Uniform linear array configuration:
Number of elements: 4
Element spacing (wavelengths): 0.75
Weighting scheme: exponential
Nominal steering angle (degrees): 60
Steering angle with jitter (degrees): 60.859
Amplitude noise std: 0.05
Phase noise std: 0.05

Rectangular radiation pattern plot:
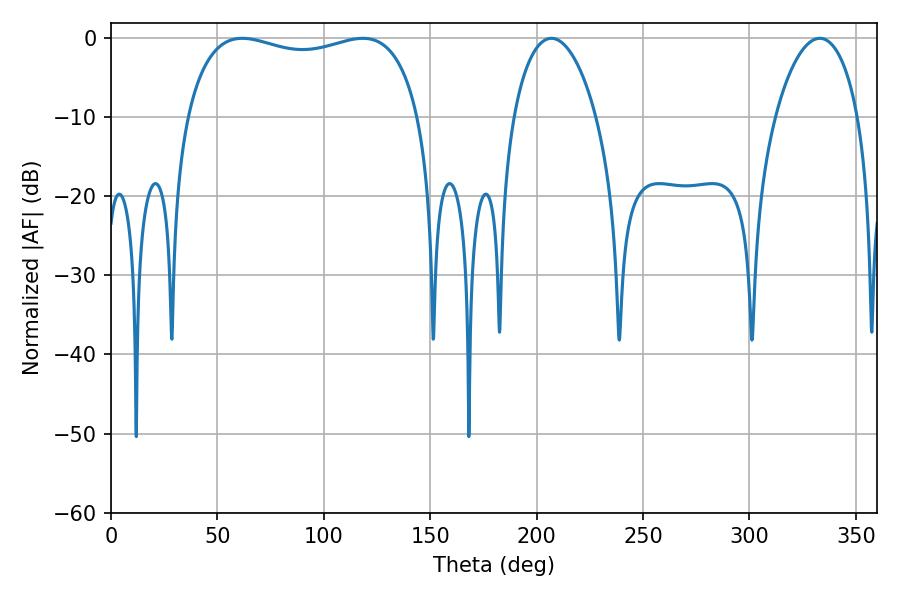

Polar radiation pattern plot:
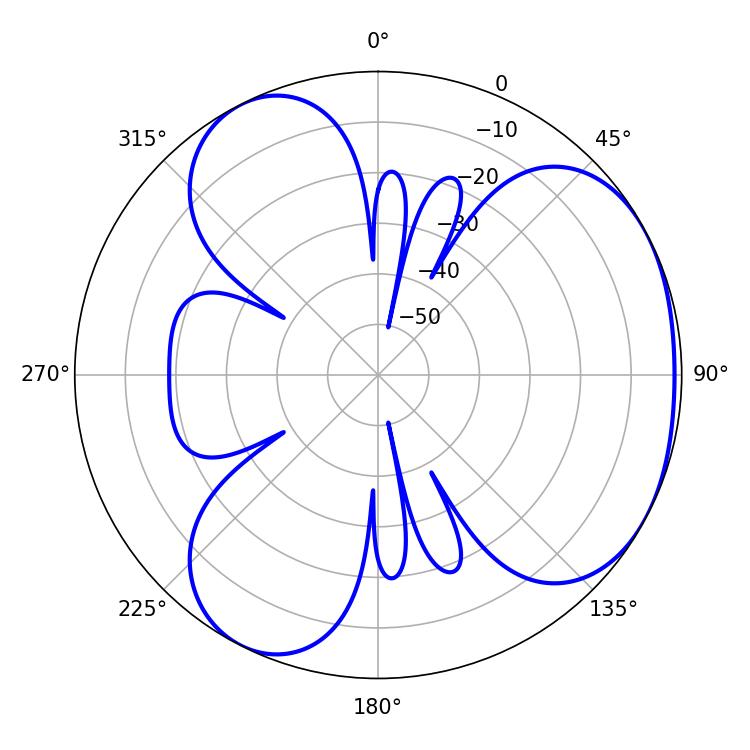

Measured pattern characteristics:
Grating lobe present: TRUE
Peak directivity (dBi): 3.625
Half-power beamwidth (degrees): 89.64
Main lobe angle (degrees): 61.74